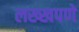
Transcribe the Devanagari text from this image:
लख्खपणे